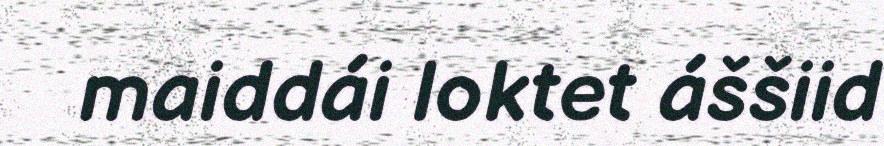
maiddái loktet áššiid